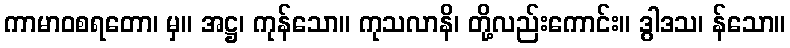
ကာမာဝစရတော၊ မှ။ အဋ္ဌ၊ ကုန်သော။ ကုသလာနိ၊ တို့လည်းကောင်း။ ဒွါဒသ၊ န်သော။